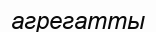
агрегатты